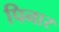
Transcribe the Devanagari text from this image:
पिनार